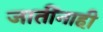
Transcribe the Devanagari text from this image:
जातींनाही